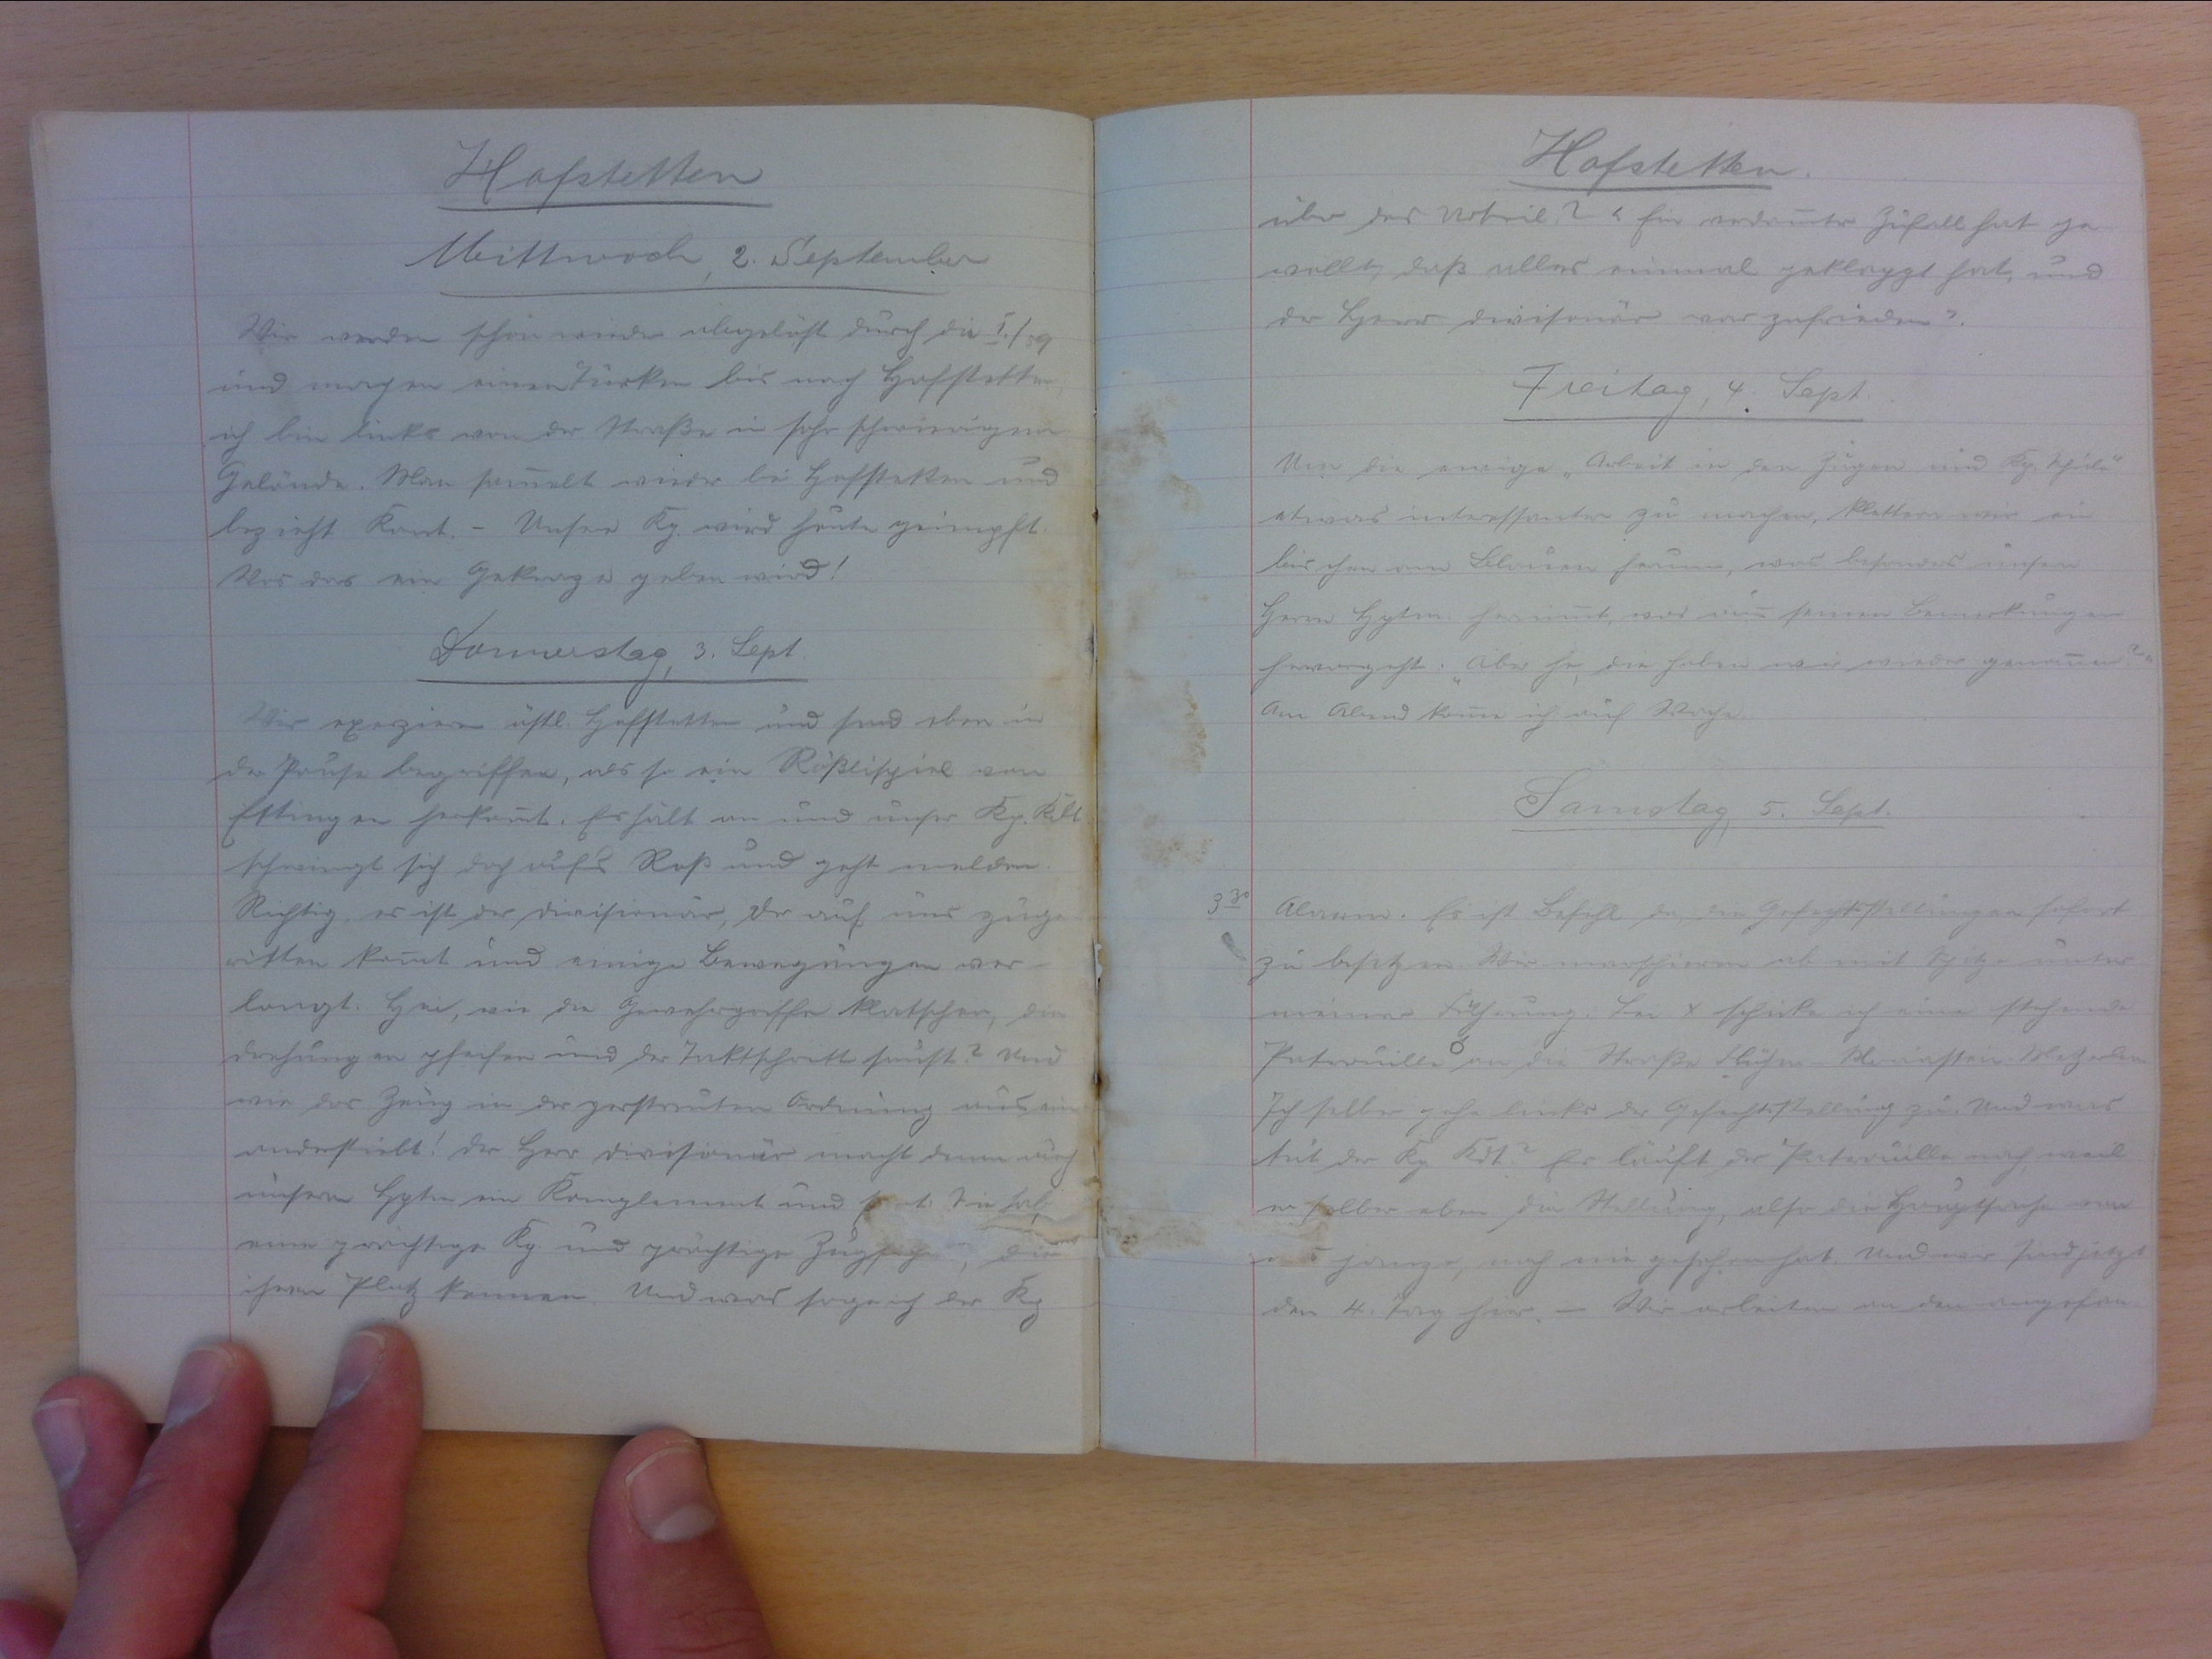
Hofstetten
Mittwoch, 2. September
Wir werden schon wieder abgelöst durch die I./59
und machen einen Türken bis nach Hofstetten,
ich bin links von der Strasse in sehr schwierigem
Gelände. Man sammelt wieder bei Hofstetten und
bezieht Kant. - Unsere Kp. wird heute geimpft.
Was das ein Gekraze geben wird!
Donnerstag, 3. Sept.
Wir exerzieren östl Hofstetten und sind aber in
der Pause begriffen, als so ein Rösöslispiel von
Ettingen herkommt. Es hält an und unser Kp. Kdt.
schwingt sich doch aufs Ross und geht melden.
Richtig, es ist der Divisionär, der auf uns zuge-
ritten kommt und einige Bewegungen ver-
langt. Hei, wie die Gewehrgriffe klopfen, die
drehungen pfeifen und die der Taktschritt saust? Und
wie das Zeug in der zerstreuten Ordnung ausein-
anderstiebt! Der Herr Divisionär macht dann auch
unserm Hptm ein Kompliment und Sie hab
eine prächtige Kp. und prächtige Zugführer, die
ihren Platz kennen. Und was sage ich der Kp.

330

Hofstetten
über das Urteil? "Ein verdammter Zufall hat ge-
wollt, dass alles einmal geklappt hat, und
der Herr Divisionär war zufrieden".
Freitag, 4. Sept.
Um die ewige "Arbeit in den Zügen und Kp.schule"
etwas interessanter zu machen, klettern wir ein
bischen am Schloss herum, was besonders unsern
Herrn Hptm. hernimmt, was aus seinen Bemerkungen
hervorgeht: "Aber he, die haben wir wieder genommen?"
Am Abend kann ich auf Wache.
Samstag, 5. Sept.
Alarm. Es ist Befehl da, die Gefechtsstellungen sofort
zu besetzen. Wir marschieren ab mit Spitze unter
meiner Führung. Bei x schicke ich eine stehende
Patrouille an die Strasse Flühen-Mariastein-Metzerlen.
Ich selber gehe links der Gefechtsstellung zu und was
tut der Kp. Kdt? Er läuft der Patrouille nach, weil
er selber eben die Stellung, also die Hauptstrasse von
janzo, noch nie gesehen hat. Und wir sind jetzt
den 4. Tag hier. - Wir arbeiten an den angefan-